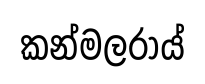
කන්මලරාය්